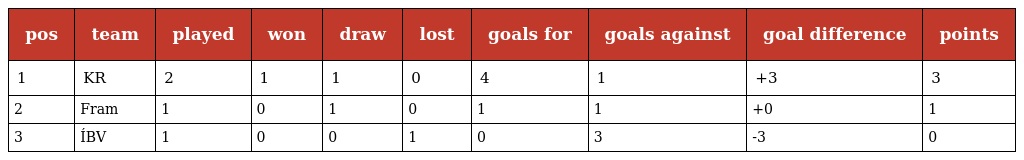
| pos | team | played | won | draw | lost | goals for | goals against | goal difference | points |
 | --- | --- | --- | --- | --- | --- | --- | --- | --- | --- |
 | 1 | KR | 2 | 1 | 1 | 0 | 4 | 1 | +3 | 3 |
 | 2 | Fram | 1 | 0 | 1 | 0 | 1 | 1 | +0 | 1 |
 | 3 | ÍBV | 1 | 0 | 0 | 1 | 0 | 3 | -3 | 0 |